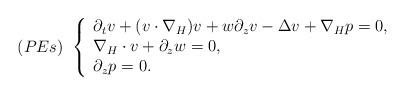
LaTeX: \begin{align*}(PEs)~\left\{\begin{array}{l} \partial_tv+(v\cdot\nabla_H)v+w\partial_zv-\Delta v+\nabla_Hp=0,\\ \nabla_H\cdot v+\partial_zw=0,\\ \partial_zp=0.\end{array}\right.\end{align*}